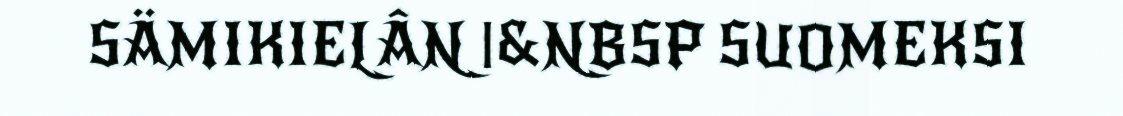
SÄMIKIELÂN |&NBSP SUOMEKSI